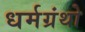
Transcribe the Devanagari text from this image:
धर्मग्रंथो